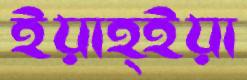
ইয়াহ্ইয়া